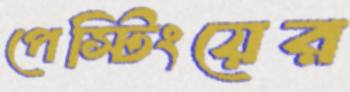
পেস্টিংয়ের